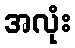
အလုံး